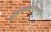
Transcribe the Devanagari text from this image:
ध्वनिभिरवरुन्धानमणुभिः।